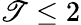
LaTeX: \mathscr{T}\le2